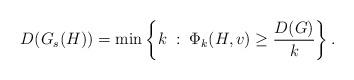
LaTeX: \begin{align*}D(G_s( H)) = \min\left\{k \; : \; \Phi_k (H,v)\geq\frac{D(G)}{k}\right\}.\end{align*}